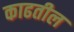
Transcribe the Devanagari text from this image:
काढतील